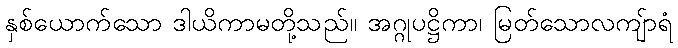
နှစ်ယောက်သော ဒါယိကာမတို့သည်။ အဂ္ဂုပဋ္ဌိကာ၊ မြတ်သောလကျ်ာရံ